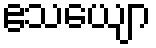
ဧသယျော